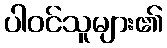
ပါဝင်သူများ၏